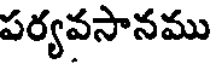
పర్యవసానము